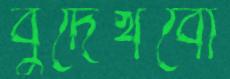
বুদেখবোঁ